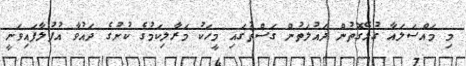
މި މައްސަލައާ ގުޅޭގޮތުން ދައުލަތުން ގަސްތުގައި މީހަކު މަރާލިކަމުގެ ކުށުގެ ދައުވާ އުފުލާފައިވަނީ